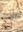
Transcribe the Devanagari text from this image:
ॲव्हरो